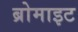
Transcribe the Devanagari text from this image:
ब्रोमाइट